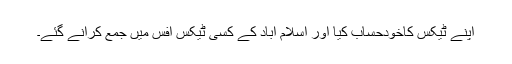
اپنے ٹیکس کاخودحساب کیا اور اسلام آباد کے کسی ٹیکس آفس میں جمع کرانے گئے۔